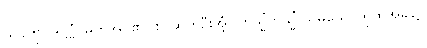
သုခကို။ ဒဋ္ဌဗ္ဗံ၊ မှတ်အပ်၏။ စ၊ ဆက်ဦးအံ့။ တသ္မိံတသ္မိံ သမယေ၊ ထိုထိုအခါ၌။